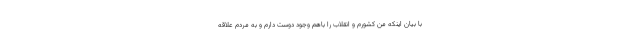
با بیان اینکه من کشورم و انقلاب را باهم وجود دوست دارم و به مردم علاقه